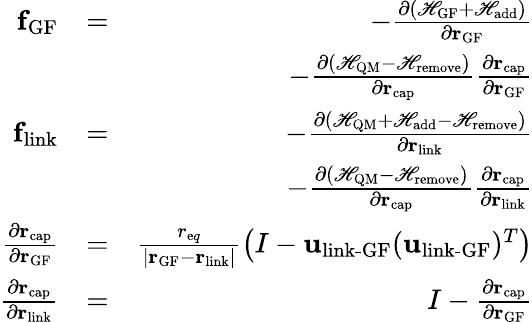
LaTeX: \begin{array}{rlr}{{\mathbf f}_{\textrm{GF}}}&{=}&{-\frac{\partial(\mathscr{H}_{\textrm{GF}}+\mathscr{H}_{\textrm{add}})}{\partial{\mathbf r}_{\textrm{GF}}}}\\ &{}&{-\frac{\partial(\mathscr{H}_{\textrm{QM}}-\mathscr{H}_{\textrm{remove}})}{\partial{\mathbf r}_{\textrm{cap}}}\frac{\partial{\mathbf r}_{\textrm{cap}}}{\partial{\mathbf r}_{\textrm{GF}}}}\\ {{\mathbf f}_{\textrm{link}}}&{=}&{-\frac{\partial(\mathscr{H}_{\textrm{QM}}+\mathscr{H}_{\textrm{add}}-\mathscr{H}_{\textrm{remove}})}{\partial{\mathbf r}_{\textrm{link}}}}\\ &{}&{-\frac{\partial(\mathscr{H}_{\textrm{QM}}-\mathscr{H}_{\textrm{remove}})}{\partial{\mathbf r}_{\textrm{cap}}}\frac{\partial{\mathbf r}_{\textrm{cap}}}{\partial{\mathbf r}_{\textrm{link}}}}\\ {\frac{\partial{\mathbf r}_{\textrm{cap}}}{\partial{\mathbf r}_{\textrm{GF}}}}&{=}&{\frac{r_{{\textrm eq}}}{|{\mathbf r}_{\textrm{GF}}-{\mathbf r}_{\textrm{link}}|}\left(I-{\mathbf u}_{\textrm{link-GF}}({\mathbf u}_{\textrm{link-GF}})^{T}\right)}\\ {\frac{\partial{\mathbf r}_{\textrm{cap}}}{\partial{\mathbf r}_{\textrm{link}}}}&{=}&{I-\frac{\partial{\mathbf r}_{\textrm{cap}}}{\partial{\mathbf r}_{\textrm{GF}}}}\end{array}